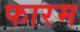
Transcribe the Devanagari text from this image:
फारम